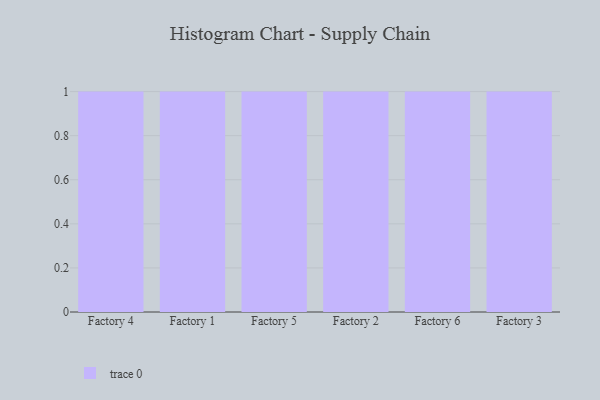
{"axis": {"x": "Factory", "y": "Active Users"}, "legend": [""], "data": [{"x": "Factory 4", "y": 38, "type": ""}, {"x": "Factory 1", "y": 49, "type": ""}, {"x": "Factory 5", "y": 13, "type": ""}, {"x": "Factory 2", "y": 81, "type": ""}, {"x": "Factory 6", "y": 73, "type": ""}, {"x": "Factory 3", "y": 15, "type": ""}]}